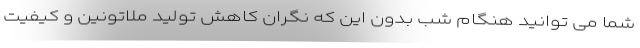
شما می توانید هنگام شب بدون این که نگران کاهش تولید ملاتونین و کیفیت